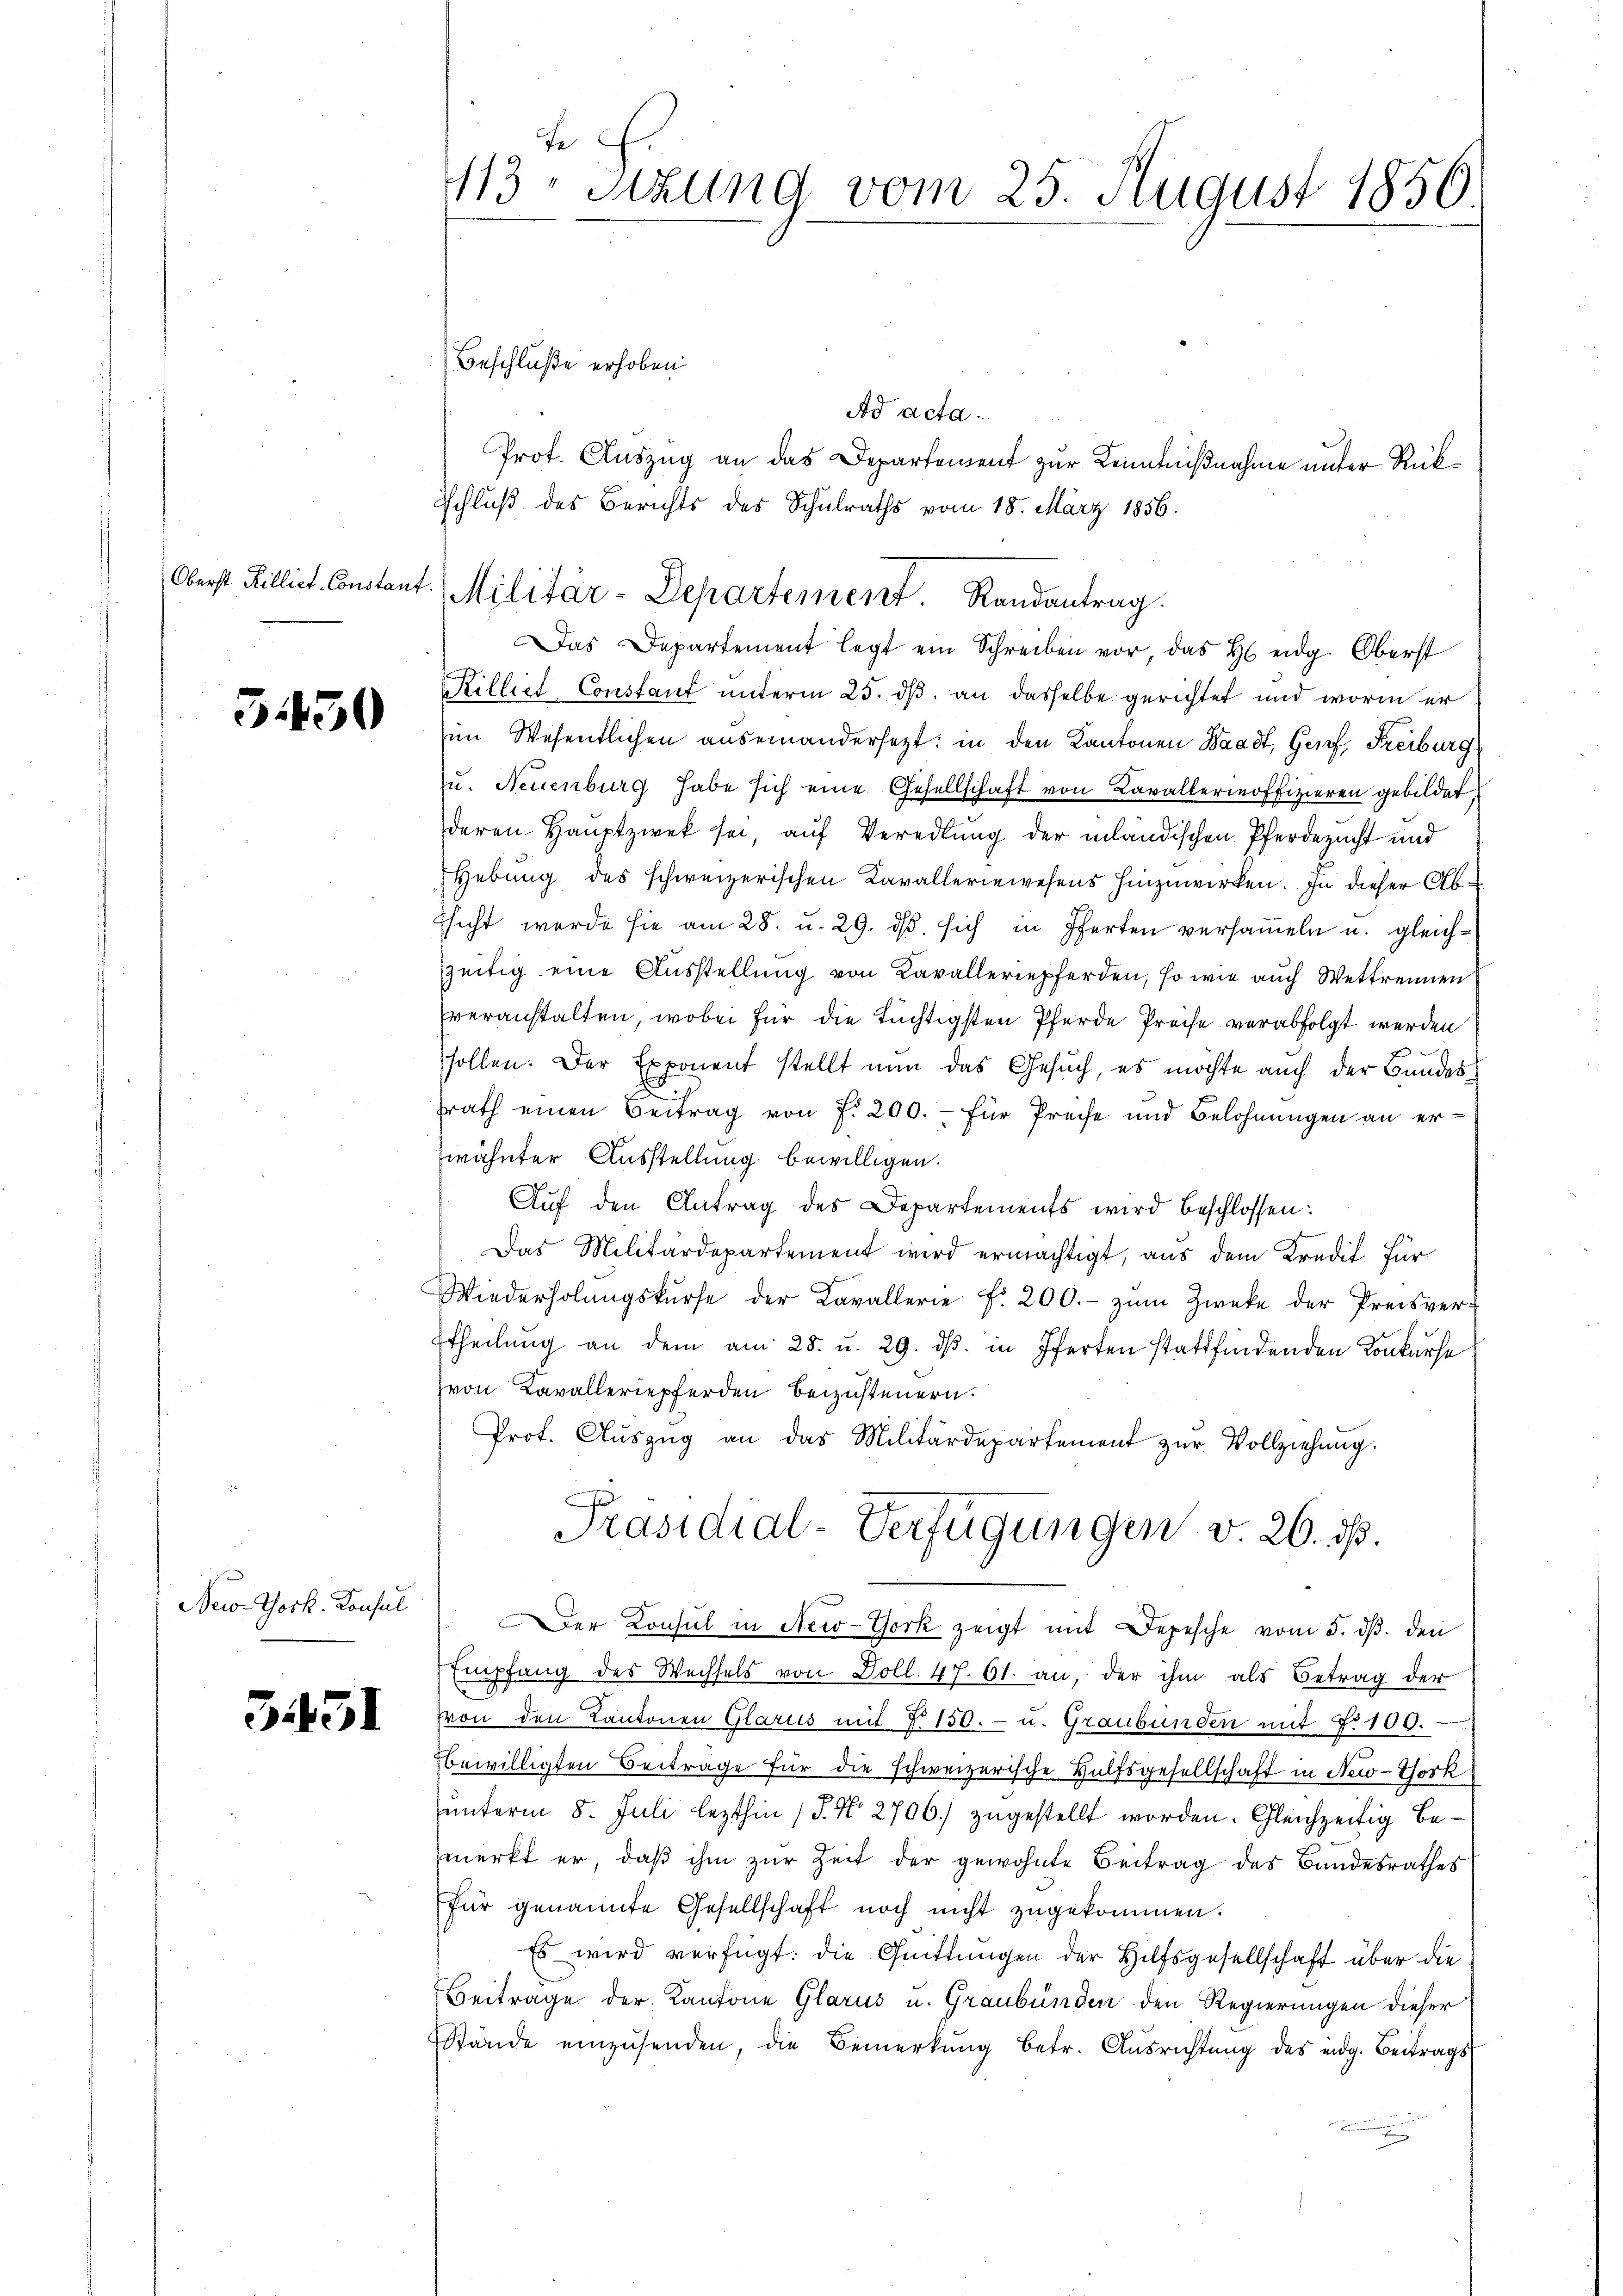
Oberst Rilliet-Constant

5430

New-York. Konsul

3.131

413 sizung vom 25. August 1856

Beschluße erhoben
Ad acta.
Prot. Auszug an das Departement zur Kenntnißnahme unter Rück¬
Das Departement legt ein Schreiben vor, das H eidg. Oberst
Killiet Constant unterm 25. dß. an dasselbe gerichtet und worin erim Wesentlichen auseinandersetzt: in den Kantonen Waadt, Genf, Freiburg
u. Neuenburg habe sich eine Gesellschaft von Kavallermoffizieren gebildet,
deren Hauptzwek sei, auf Veredlung der inländischen Pferdezucht und
Hebung des schweizerischen Kavalleriewesens hinzuwirken. In dieser Absicht werde sie am 28. u. 29. dβ. sich in Pferten versameln u. gleichzeitig eine Ausstellung von Kavalleriepferden, so wie auch Wettrennen
veranstalten, wobei für die tüchtigsten Pferde Preise verabfolgt werden
sollen. Der Exponent stellt nun das Gesuch, es möchte auch der Bandesrrath einen Beitrag von f. 200.- für Preise und Belohnungen an erwähnter Ausstellung bewilligen.
Auf den Antrag des Departements wird beschlossen:
Das Militärdepartement wird ermächtigt, aus dem Kredit für
Wiederholŭngskurse der Kavallerie f. 200.- zŭm Zwecke der Preisver-
Etheilŭng an dem am 28. u. 29. dβ. in Pferten stattfindenden Konkurse
von Kavalleriepferden beizusteuern.
Prof. Aŭszŭg an das Militärdepartement zŭr Vollziehung.
Präsidial-Verfügungen v. 26. ds.
Der Konsul in New-York zeigt mit Depesche vom 5. dβ. den
Empfang des Wechsels von Doll. 47. 61. an, der ihm als Betrag der
von den Kantonen Glarus mit §. 150.- u. Graubünden mit §. 100.
bewilligten Beitrage für die schweizerische Hülfsgesellschaft in New-York
unterm 8. Juli lezthin (T. N. 2706.) zugestellt worden. Gleichzeitig bemerkt er, daβ ihm zur Zeit der gewohnte Beitrag des Bandesrathes
für genannte Gesellschaft noch nicht zŭgekommen.
Es wird verfügt: die Quittungen der Hilfsgesellschaft über die
Beitrage der Kantone Glarus u. Graubünden den Regierungen dieser
Stände einzŭsenden, die Bemerkŭng betr. Ausrichtung des eidg. Beitrags

Schluß des Berichts des Schulraths vom 18. März 1856.
Militär-Departement. Randantrag.